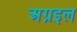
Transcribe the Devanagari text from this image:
अग्रइल